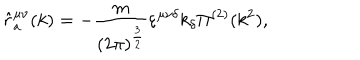
\hat { r } _ { a } ^ { \mu \nu } ( k ) = - \frac { m } { ( 2 \pi ) ^ { \frac { 3 } { 2 } } } \varepsilon ^ { \mu \nu \delta } k _ { \delta } \Pi ^ { ( 2 ) } ( k ^ { 2 } ) ,